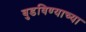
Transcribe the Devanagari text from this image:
बुडविण्याच्या